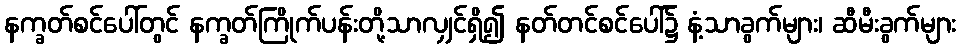
နက္ခတ်စင်ပေါ်တွင် နက္ခတ်ကြိုက်ပန်းတို့သာလျှင်ရှိ၍ နတ်တင်စင်ပေါ်၌ နံ့သာခွက်များ၊ ဆီမီးခွက်များ